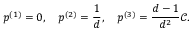
p ^ { ( 1 ) } = 0 , ~ ~ ~ p ^ { ( 2 ) } = \frac { 1 } { d } , ~ ~ ~ p ^ { ( 3 ) } = \frac { d - 1 } { d ^ { 2 } } \mathcal { C } .